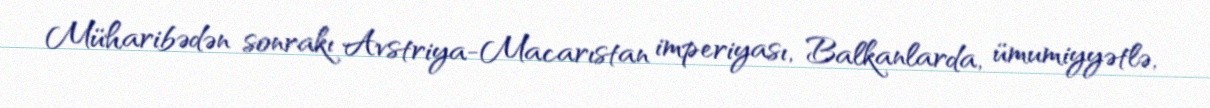
Müharibədən sonrakı Avstriya-Macarıstan imperiyası, Balkanlarda, ümumiyyətlə,